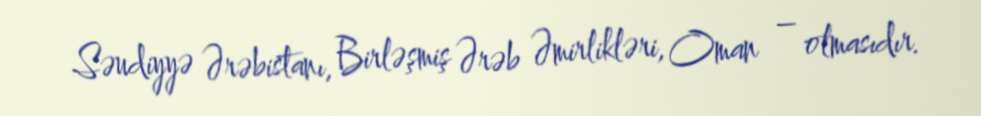
Səudiyyə Ərəbistanı, Birləşmiş Ərəb Əmirlikləri, Oman – olmasıdır.